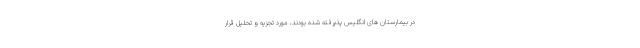
در بیمارستان‌ های انگلیس پذیرفته شده بودند، مورد تجزیه و تحلیل قرار